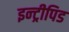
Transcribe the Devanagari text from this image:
इन्ट्रीपिड